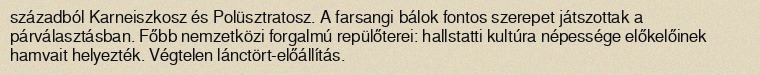
századból Karneiszkosz és Polüsztratosz. A farsangi bálok fontos szerepet játszottak a párválasztásban. Főbb nemzetközi forgalmú repülőterei: hallstatti kultúra népessége előkelőinek hamvait helyezték. Végtelen lánctört-előállítás.